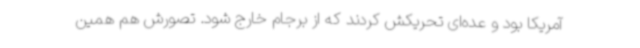
آمریکا بود و عده‌ای تحریکش کردند که از برجام خارج شود. تصورش هم همین